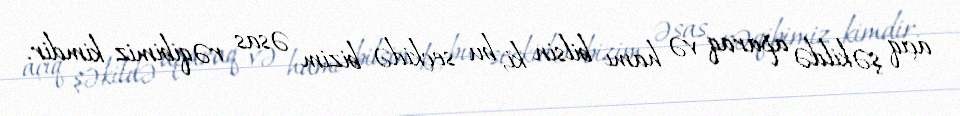
açıq şəkildə aparaq və hamı bilsin ki, bu seçkidə bizim əsas rəqibimiz kimdir.